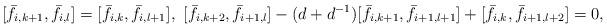
LaTeX: \begin{align*} [\bar{f}_{i,k+1}, \bar{f}_{i,l}]=[\bar{f}_{i,k}, \bar{f}_{i,l+1}],\ [\bar{f}_{i,k+2}, \bar{f}_{i+1,l}]-(d+d^{-1})[\bar{f}_{i,k+1}, \bar{f}_{i+1,l+1}]+[\bar{f}_{i,k}, \bar{f}_{i+1,l+2}]=0,\end{align*}